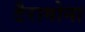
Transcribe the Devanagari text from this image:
टैरागोना